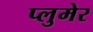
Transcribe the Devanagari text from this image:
प्लुमेर